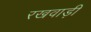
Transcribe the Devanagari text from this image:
रखवाड़ी